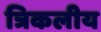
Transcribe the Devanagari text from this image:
त्रिकलीय